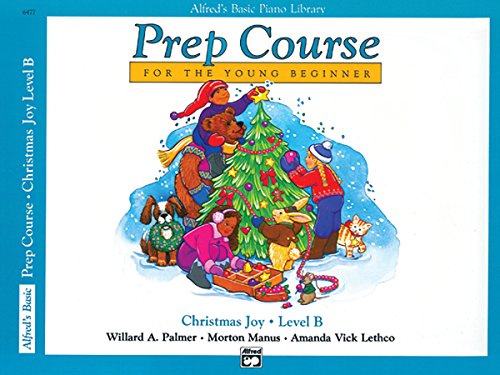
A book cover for Alfred's Basic Piano Library Prep Course, Christmas Joy, Level B (Alfred's Basic Piano Library Prep Course for the Young Beginner); Willard A. Palmer; Computers & Technology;